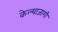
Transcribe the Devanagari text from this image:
केल्याजागी